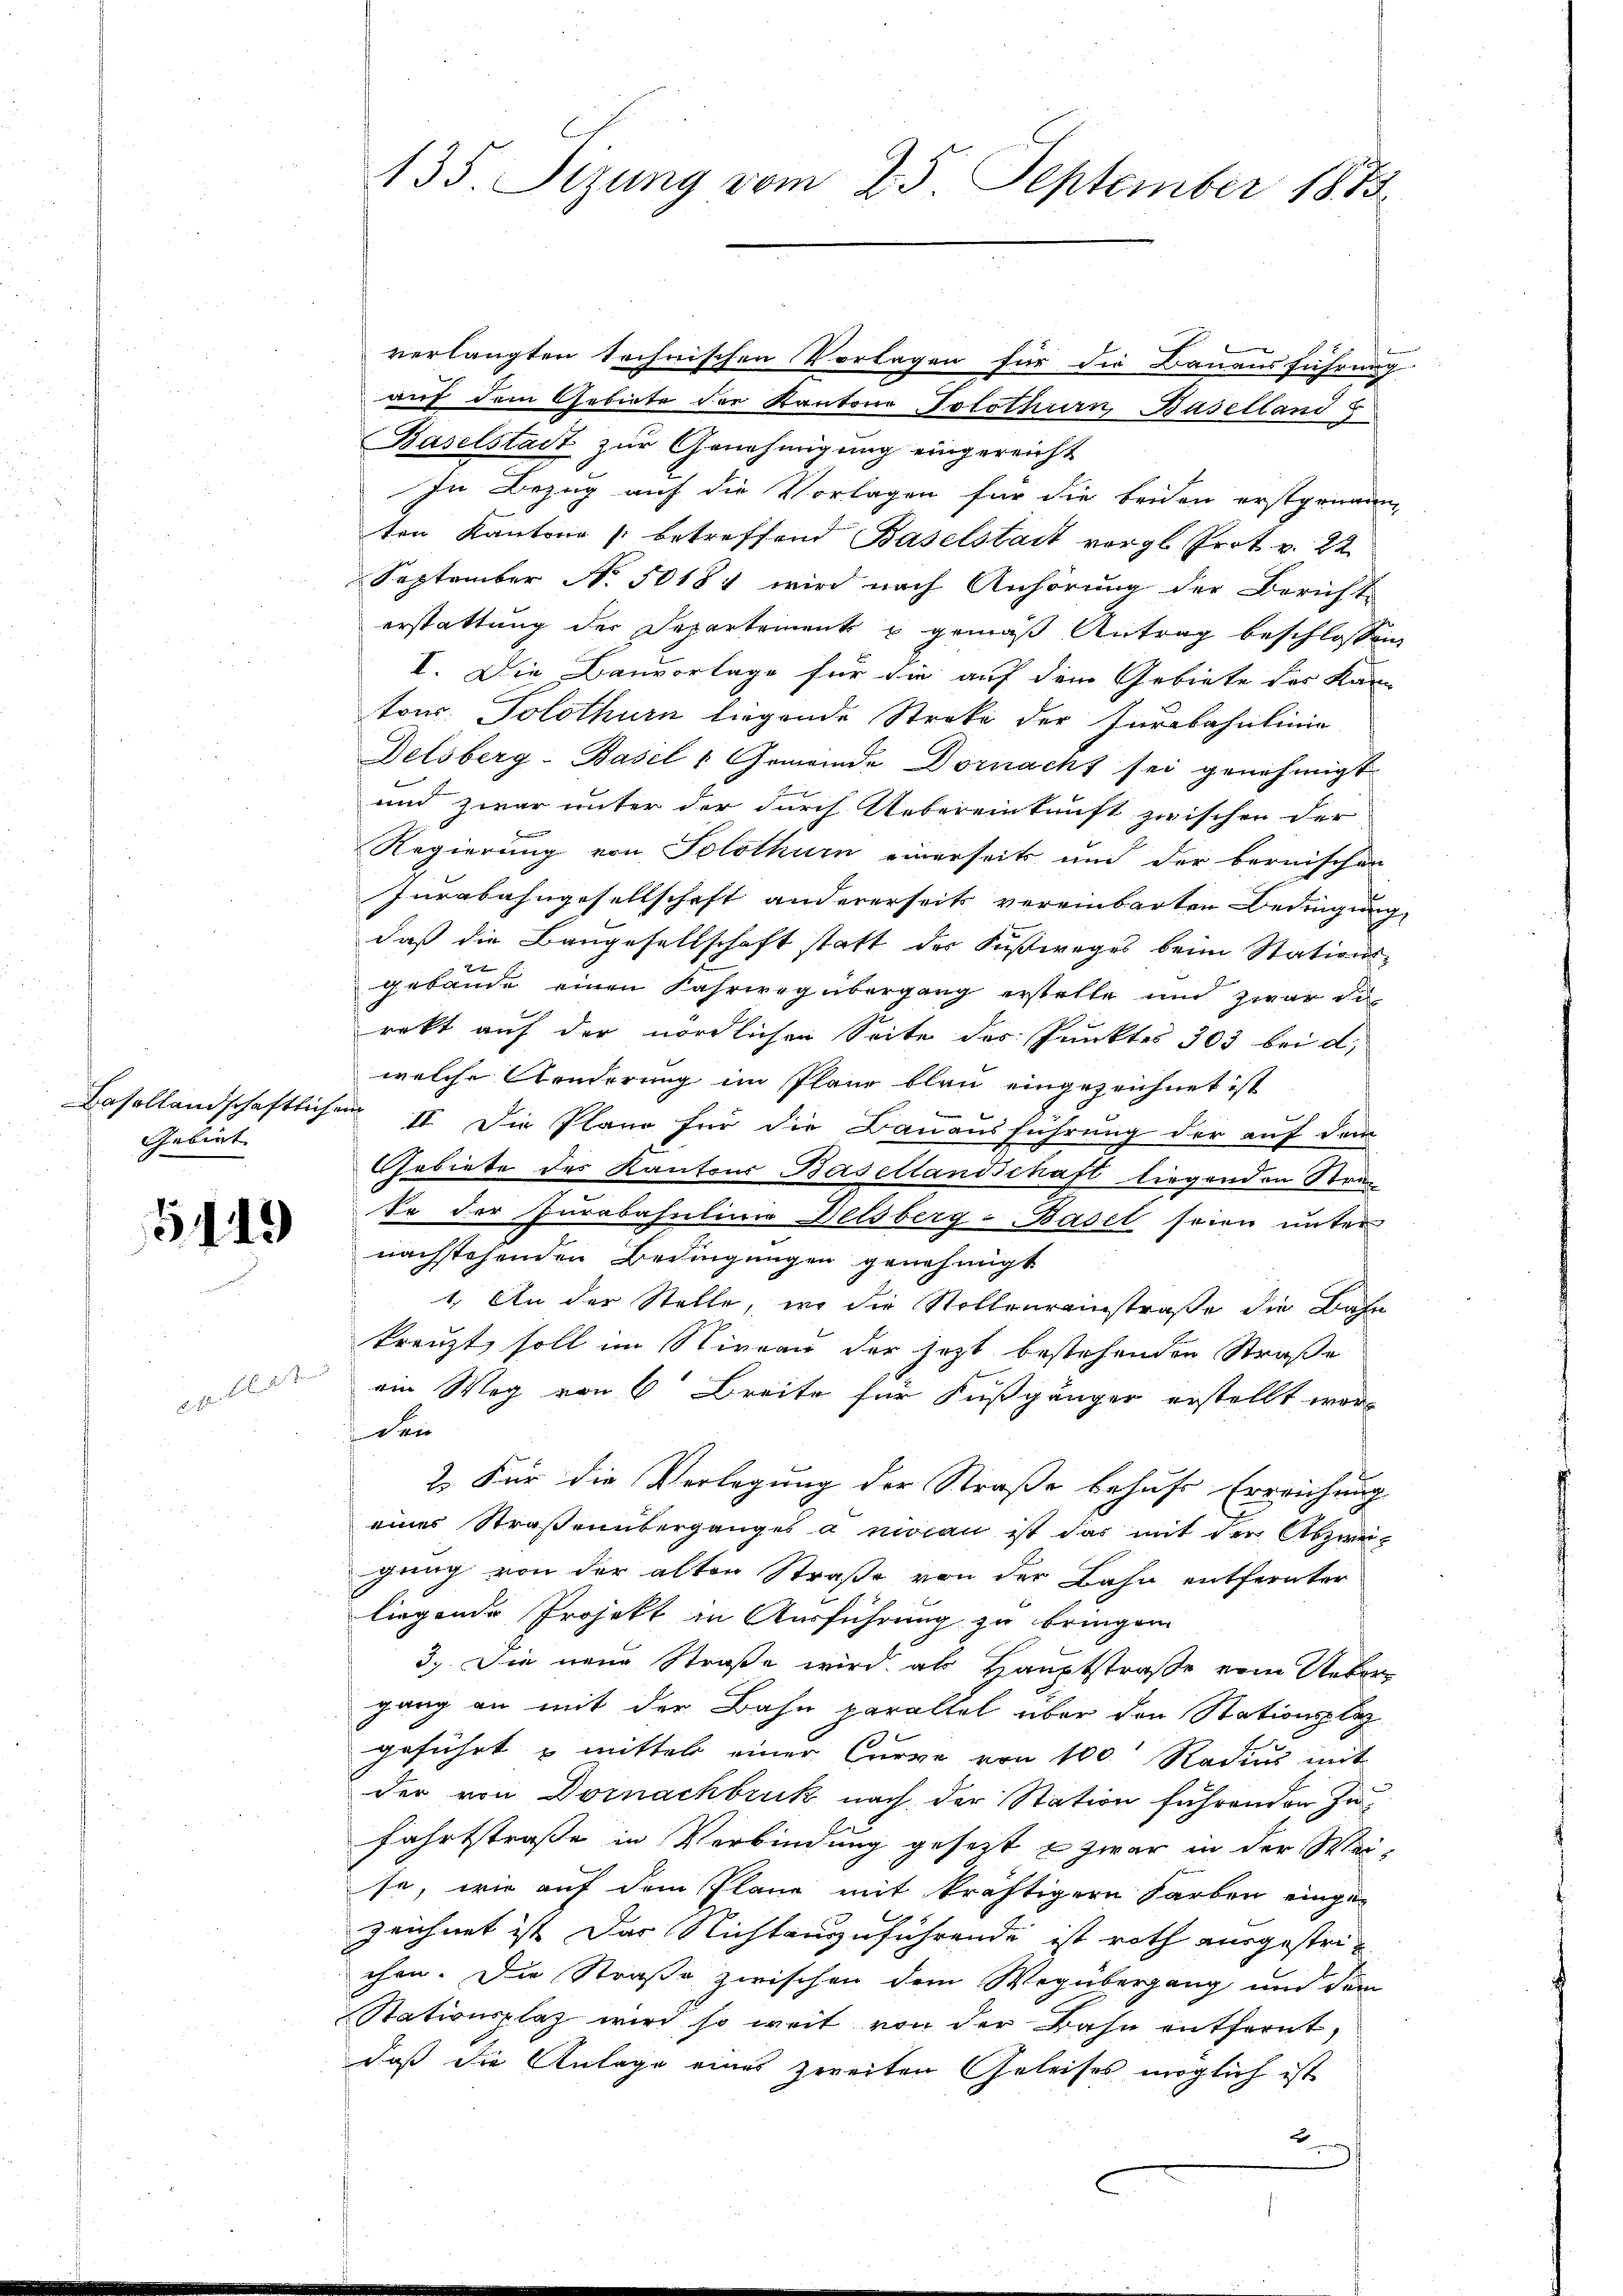
Gebiet

5119

iger erstand

135. Sizung vom 25. September 1873.

verlangten technischen Vorlagen für die Bauensführung
auf dem Gebiete der Kantone Solothurn, Baselland
Baselstadt zur Genehmigung eingereicht
In Bezug auf die Vorlagen für die beiden erstgenann
ten Kantone betreffend Baselstadt vergl. Prot. v. 22
September No. 50181 wird nach Anhörung der Bericht
erstattung der Departement u gemäß Antrag beschlossen,
I. Die Bauvorlage für die auf dem Gebiete des Kan
tow. Solothurn liegende Streke der Iurbahnlinie
Delsberg-Basel 1 Gemeinde Dornacht sei genehmigt
und zwar unter der durch Uebereinkunft zwischen der
Regierung von Solothur einerseits und der bernischen
Iurabahngesellschaft andererseits vereinbarten Bedingung,
daß die Baugesellschaft statt der Fußweges beim Stations-
gebäude einen Fahrweg übergang erstelle und zwar di
rekt auf der nördlichen Seite des Punktes 303 bei d.
welche Aenderung im Plane blau eingezeichnet ist
Basellandschaftlichen II. Die Pläne für die Bauausführung der auf dem
Gebiete des Kantons Basellandschaft liegenden Stra¬
So der Jurabasuline Delsberg-Basel seien unter
nachstehenden Bedingungen genehmigt
1. An der Stelle, wo die Stollenreinstraße die Bahn
kreuzt, soll im Niveau der jetzt bestehenden Straße
ein Weg von 6 Breite für Fußgänger erstellt wor¬
 den
2. Für die Verlegung der Straße behufs Erreichung
eines Straßenüberganges à niocan ist das mit der Abzweigung von der alten Straße von der Bahn entfernter
liegende Projekt in Ausführung zu bringen.
3.) Die neue Straße wird als Hauptstraße vom Uebergang an mit der Bahn parallel über den Stationsplatz
geführt & mittel einer Curve von 100 Radius mit
der von Dornachbruk nach der Station führenden Zufahrtstraße in Verbindung gesetzt & zwar in der Weise, wie auf dem Plane mit kräftigern Farben eingezeichnet ist das Nichtauszuführende ist roth ausgestrichen. Die Straße zwischen dem Wegübergang und dem
Nationsplatz wird so weit von der Bahn entfernt,
daß die Anlage eines zweiten Geleises möglich ist
2